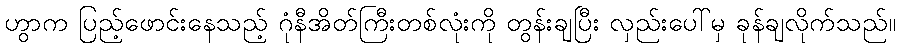
ဟွာက ပြည့်ဖောင်းနေသည့် ဂုံနီအိတ်ကြီးတစ်လုံးကို တွန်းချပြီး လှည်းပေါ်မှ ခုန်ချလိုက်သည်။